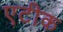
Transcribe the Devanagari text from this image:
एटीक